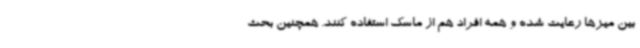
بین میزها رعایت شده و همه افراد هم از ماسک استفاده کنند. همچنین بحث